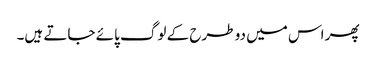
پھر اس میں دو طرح کے لوگ پائے جاتے ہیں۔